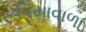
રૂપિયાવાળા